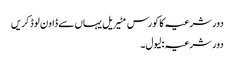
دور شرعیہ کا کورس مٹیریل یہاں سے ڈاون لوڈ کریں
دور شرعیہ : لیول۔